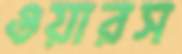
ওয়ারস